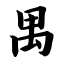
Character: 禺